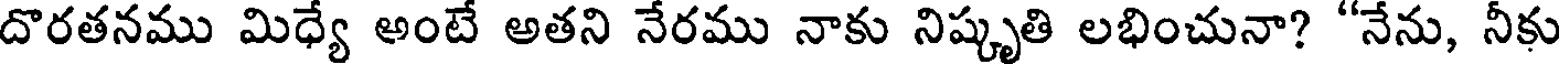
దొరతనము మిధ్యే అంటే అతని నేరము నాకు నిష్కృతి లభించునా? "నేను, నీకు